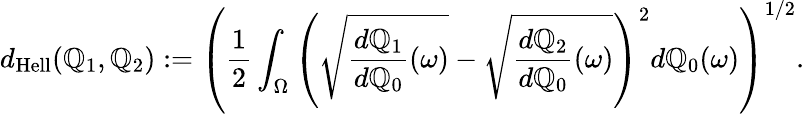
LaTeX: d_{\mathrm{Hell}}(\mathbb{Q}_{1},\mathbb{Q}_{2}):=\left(\frac{1}{2}\int_{\Omega}\left(\sqrt{\frac{d\mathbb{Q}_{1}}{d\mathbb{Q}_{0}}(\omega)}-\sqrt{\frac{d\mathbb{Q}_{2}}{d\mathbb{Q}_{0}}(\omega)}\right)^{2}d\mathbb{Q}_{0}(\omega)\right)^{1/2}.